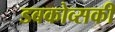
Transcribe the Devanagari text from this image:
डबकोव्सकी